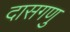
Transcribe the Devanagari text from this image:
दासगणु